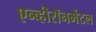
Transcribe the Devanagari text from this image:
एन्व्हीरॉनमेंटल